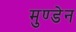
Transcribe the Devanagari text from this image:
मुण्‍डेन